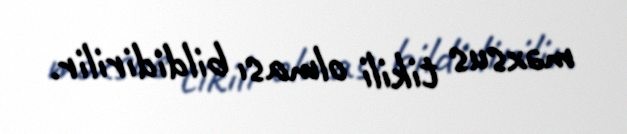
məxsus tikili olması bildidirilir.